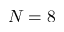
N = 8